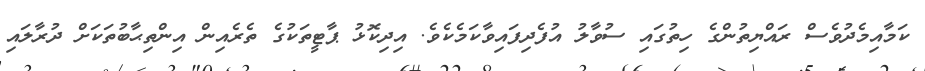
ކަމާއިމެދުވެސް ރައްޔިތުންގެ ހިތުގައި ސުވާލު އުފެދިފައިވާކަމެކެވެ. އިދިކޮޅު ޕާޓީތަކުގެ ތެރެއިން އިންތިޙާބުތަކަށް ދުރާލައި